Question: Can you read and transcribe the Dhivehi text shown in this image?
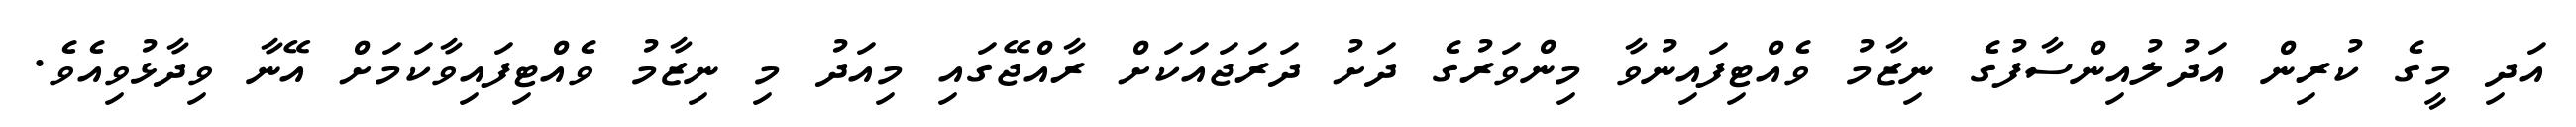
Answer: އަދި މީގެ ކުރިން އަދުލުއިންސާފުގެ ނިޒާމު ވެއްޓިފައިނުވާ މިންވަރުގެ ދަށު ދަރަޖައަކަށް ރާއްޖޭގައި މިއަދު މި ނިޒާމު ވެއްޓިފައިވާކަމަށް އޭނާ ވިދާޅުވިއެވެ.